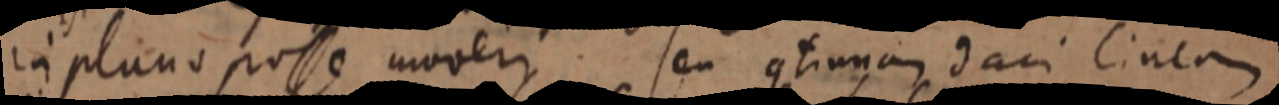
in plano posse moveri. seu continua daci linea